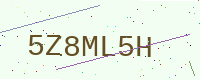
Text: 5Z8ML5H